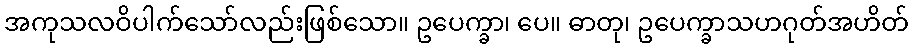
အကုသလဝိပါက်သော်လည်းဖြစ်သော။ ဥပေက္ခာ၊ ပေ။ ဓာတု၊ ဥပေက္ခာသဟဂုတ်အဟိတ်